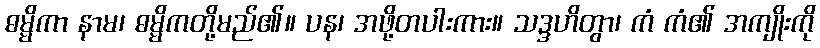
ဓမ္မိကာ နာမ၊ ဓမ္မိကတို့မည်၏။ ပန၊ အဖို့တပါးကား။ သဒ္ဒဟိတွာ၊ ကံ ကံ၏ အကျိုးကို